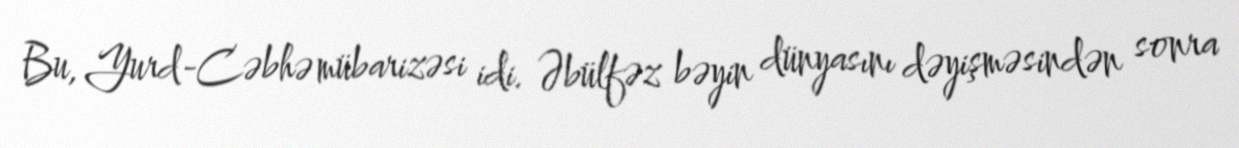
Bu, Yurd-Cəbhə mübarizəsi idi. Əbülfəz bəyin dünyasını dəyişməsindən sonra